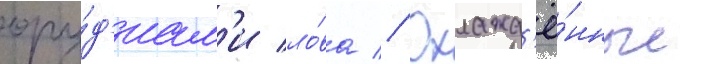
ору́д'иам'и ло́ва // Охлажд'ё́нные